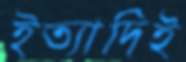
ইত্যাদিই